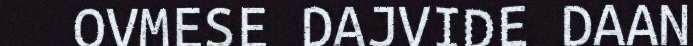
OVMESE DAJVIDE DAAN